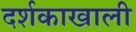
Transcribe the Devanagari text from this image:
दर्शकाखाली